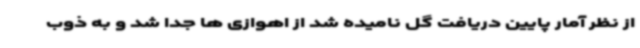
از نظر آمار پایین دریافت گل نامیده شد از اهوازی ها جدا شد و به ذوب